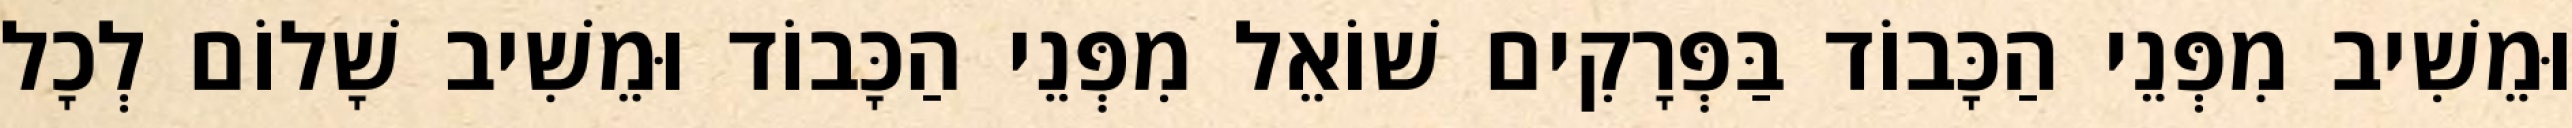
וּמֵשִׁיב מִפְּנֵי הַכָּבוֹד בַּפְּרָקִים שׁוֹאֵל מִפְּנֵי הַכָּבוֹד וּמֵשִׁיב שָׁלוֹם לְכָל